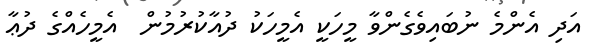
އަދި އެންމެ ނުބައިވެގެންވާ މީހަކީ އެމީހަކު ދުއާކުރުމުން  އެމީހެއްގެ ދުޢާ